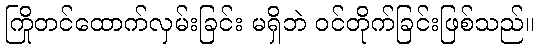
ကြိုတင်ထောက်လှမ်းခြင်း မရှိဘဲ ဝင်တိုက်ခြင်းဖြစ်သည်။